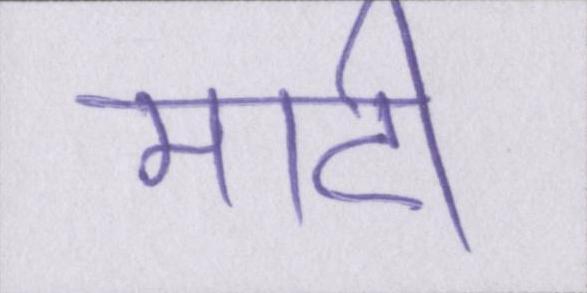
माटी